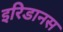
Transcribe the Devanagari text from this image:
इरिडानस